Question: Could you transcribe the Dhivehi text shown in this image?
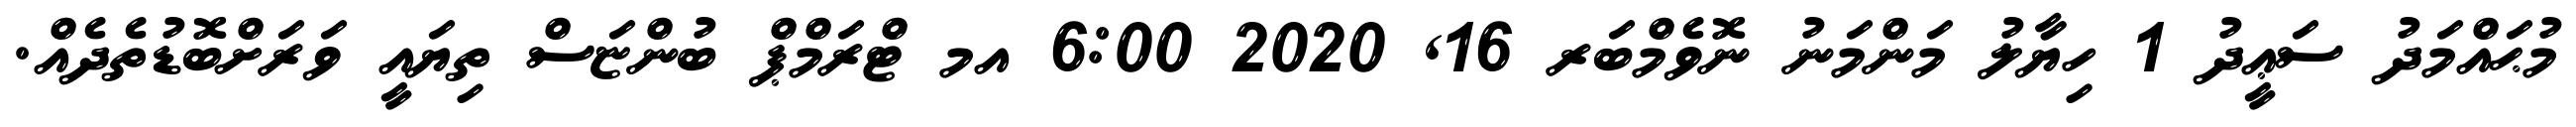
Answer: މުޙައްމަދު ސަޢީދު 1 ހިޔާލު މަންމަނު ނޮވެމްބަރ 16, 2020 6:00 އމ ޓްރަމްޕް ބުންޏަސް ތިޔައީ ވަރަށްބޮޑުތެދެއް.